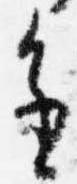
進